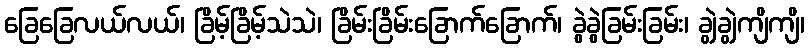
ခြေခြေလယ်လယ်၊ ခြိမ့်ခြိမ့်သဲသဲ၊ ခြိမ်းခြိမ်းခြောက်ခြောက်၊ ခွဲခွဲခြမ်းခြမ်း၊ ချွဲချွဲကျိကျိ၊